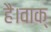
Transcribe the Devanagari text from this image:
है।वाक्